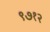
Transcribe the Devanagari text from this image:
९७१२